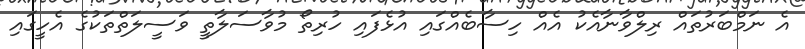
އެ ނަމްބަރުތައް ރިލްވާނާއެކު އެއް ހިސާބެއްގައި އުޅެފައި ހުރިތޯ މުވާސަލާތީ ވަސީލަތްތަކުގެ އެހީގައި